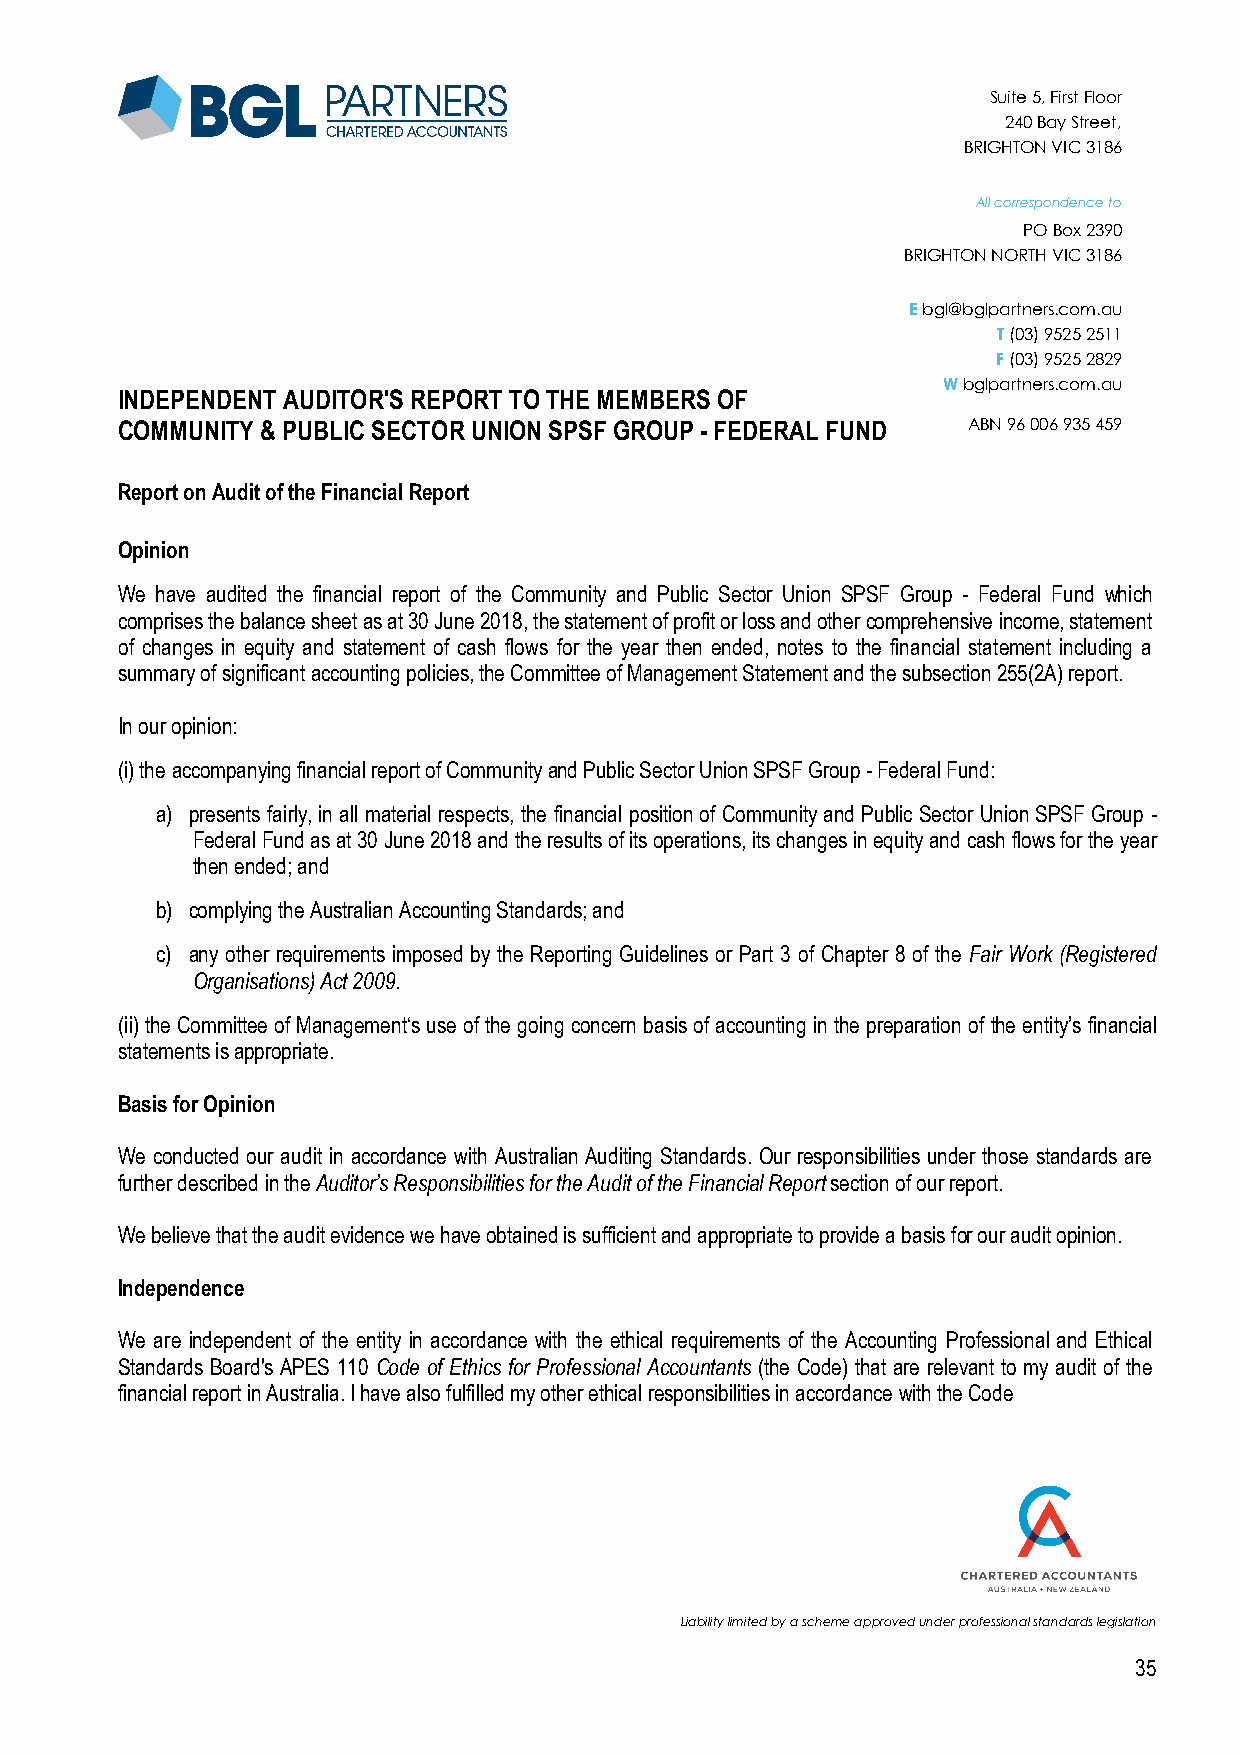
Suite 5, First Floor
 240 Bay Street,
 BRIGHTON VIC 3186
 All correspondence to
 PO Box 2390
 BRIGHTON NORTH VIC 3186
 E bgl@bglpartners.com.au
 T (03) 9525 2511
 F (03) 9525 2829
 W bglpartners.com.au
 INDEPENDENT AUDITOR'S REPORT TO THE MEMBERS OF
 COMMUNITY & PUBLIC SECTOR UNION SPSF GROUP - FEDERAL FUND ABN 96 006 935 459
 Report on Audit of the Financial Report
 Opinion
 We have audited the financial report of the Community and Public Sector Union SPSF Group - Federal Fund which
 comprises the balance sheet as at 30 June 2018, the statement of profit or loss and other comprehensive income, statement
 of changes in equity and statement of cash flows for the year then ended, notes to the financial statement including a
 summary of significant accounting policies, the Committee of Management Statement and the subsection 255(2A) report.
 In our opinion:
 (i) the accompanying financial report of Community and Public Sector Union SPSF Group - Federal Fund:
 a) presents fairly, in all material respects, the financial position of Community and Public Sector Union SPSF Group -
 Federal Fund as at 30 June 2018 and the results of its operations, its changes in equity and cash flows for the year
 then ended; and
 b) complying the Australian Accounting Standards; and
 c) any other requirements imposed by the Reporting Guidelines or Part 3 of Chapter 8 of the Fair Work (Registered
 Organisations) Act 2009.
 (ii) the Committee of Management‘s use of the going concern basis of accounting in the preparation of the entity’s financial
 statements is appropriate.
 Basis for Opinion
 We conducted our audit in accordance with Australian Auditing Standards. Our responsibilities under those standards are
 further described in the Auditor’s Responsibilities for the Audit of the Financial Report section of our report.
 We believe that the audit evidence we have obtained is sufficient and appropriate to provide a basis for our audit opinion.
 Independence
 We are independent of the entity in accordance with the ethical requirements of the Accounting Professional and Ethical
 Standards Board's APES 110 Code of Ethics for Professional Accountants (the Code) that are relevant to my audit of the
 financial report in Australia. I have also fulfilled my other ethical responsibilities in accordance with the Code
 Liability limited by a scheme approved under professional standards legislation
 35